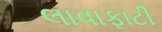
લાવાફાટી